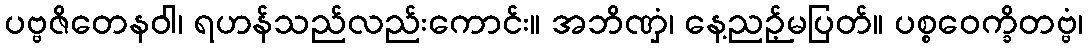
ပဗ္ဗဇိတေနဝါ၊ ရဟန်သည်လည်းကောင်း။ အဘိဏှံ၊ နေ့ညဉ့်မပြတ်။ ပစ္စဝေက္ခိတဗ္ဗံ၊